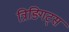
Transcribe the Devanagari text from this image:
त्रिङ्गिट्स